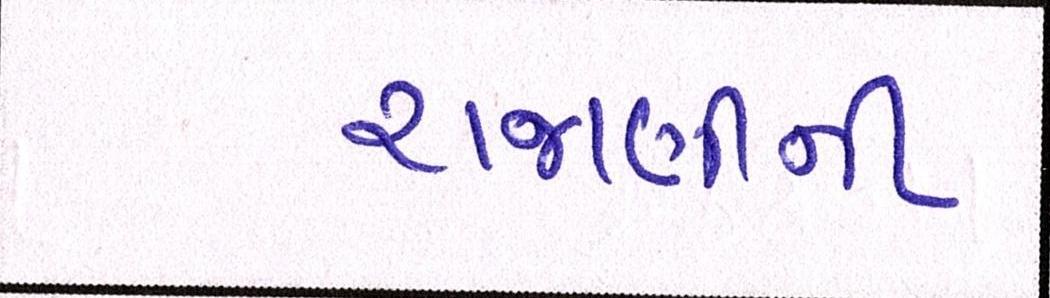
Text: રાજાણીની